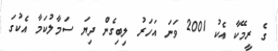
ގެ ރީމޭކާ އެކު 2001 ވަނަ އަހަރު ލިބިގެން ދިޔަ ސަމާލުކަމާ އެކުގަ